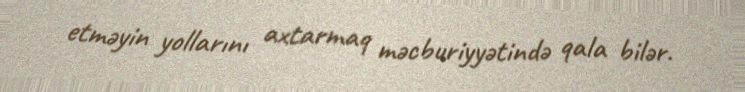
etməyin yollarını axtarmaq məcburiyyətində qala bilər.